Civil Veterinary Dept. Assam report 1911-1927 - 1911-1927
Year: 1911
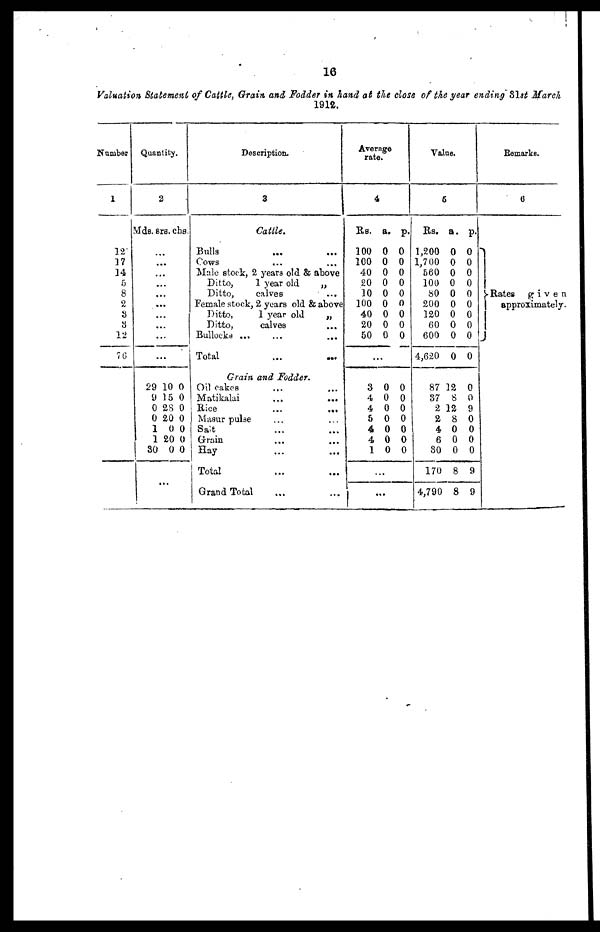
16
Valuation Statement of Cattle, Grain and Fodder in hand at the close of the year ending 31st March
1912.
Number
1
12
37
14
5
8
2
3
3
12
70
Quantity.
2
Mds. sra. chs.
...
...
...
...
...
...
...
...
...
...
29 10 0
9 15 0
0 28 0
0 20 0
10 0
1 20 0
30 0 0
...
Description.
3
Cattle.
Bulls ... ...
Cows ... ...
Male stock, 2 years old & above
Ditto,
1 year old
„
Ditto,
calves
...
Female stock, 2 years old & above
Ditto,
1 year old
„
Ditto,
calves ...
Bullocks
...
...
...
Total ... ...
Grain and Fodder.
Oil cakes
... ...
Matikalai
...
...
Rice
...
...
Masur pulse ... ...
Salt ... ...
Grain ... ...
Hay ... ...
Total ... ...
Grand Total ... ...
Average
rate.
4
RS.
a. p.
100 0 0
100 0 0
40 0 0
20 0 0
10 0 0
100 0 0
40 0 0
20 0 0
50 0 0
...
3 0 0
4 0 0
4 0 0
5 0 0
4 0 0
4 0 0
10
0
...
Value.
6
Rs. a. p.
1,200 0 0
1,700 0 0
560 0 0
100 0 0
80 0 0
200 0 0
120 0 0
60 0 0
600 0 0
4,620 0 0
87 12 0
87 8 0
2 12 9
2 8 0
4 0 0
6 0 0
80 0 0
170 8 9
4,790 8 9
Remarks.
6
Rates
given
approximately.